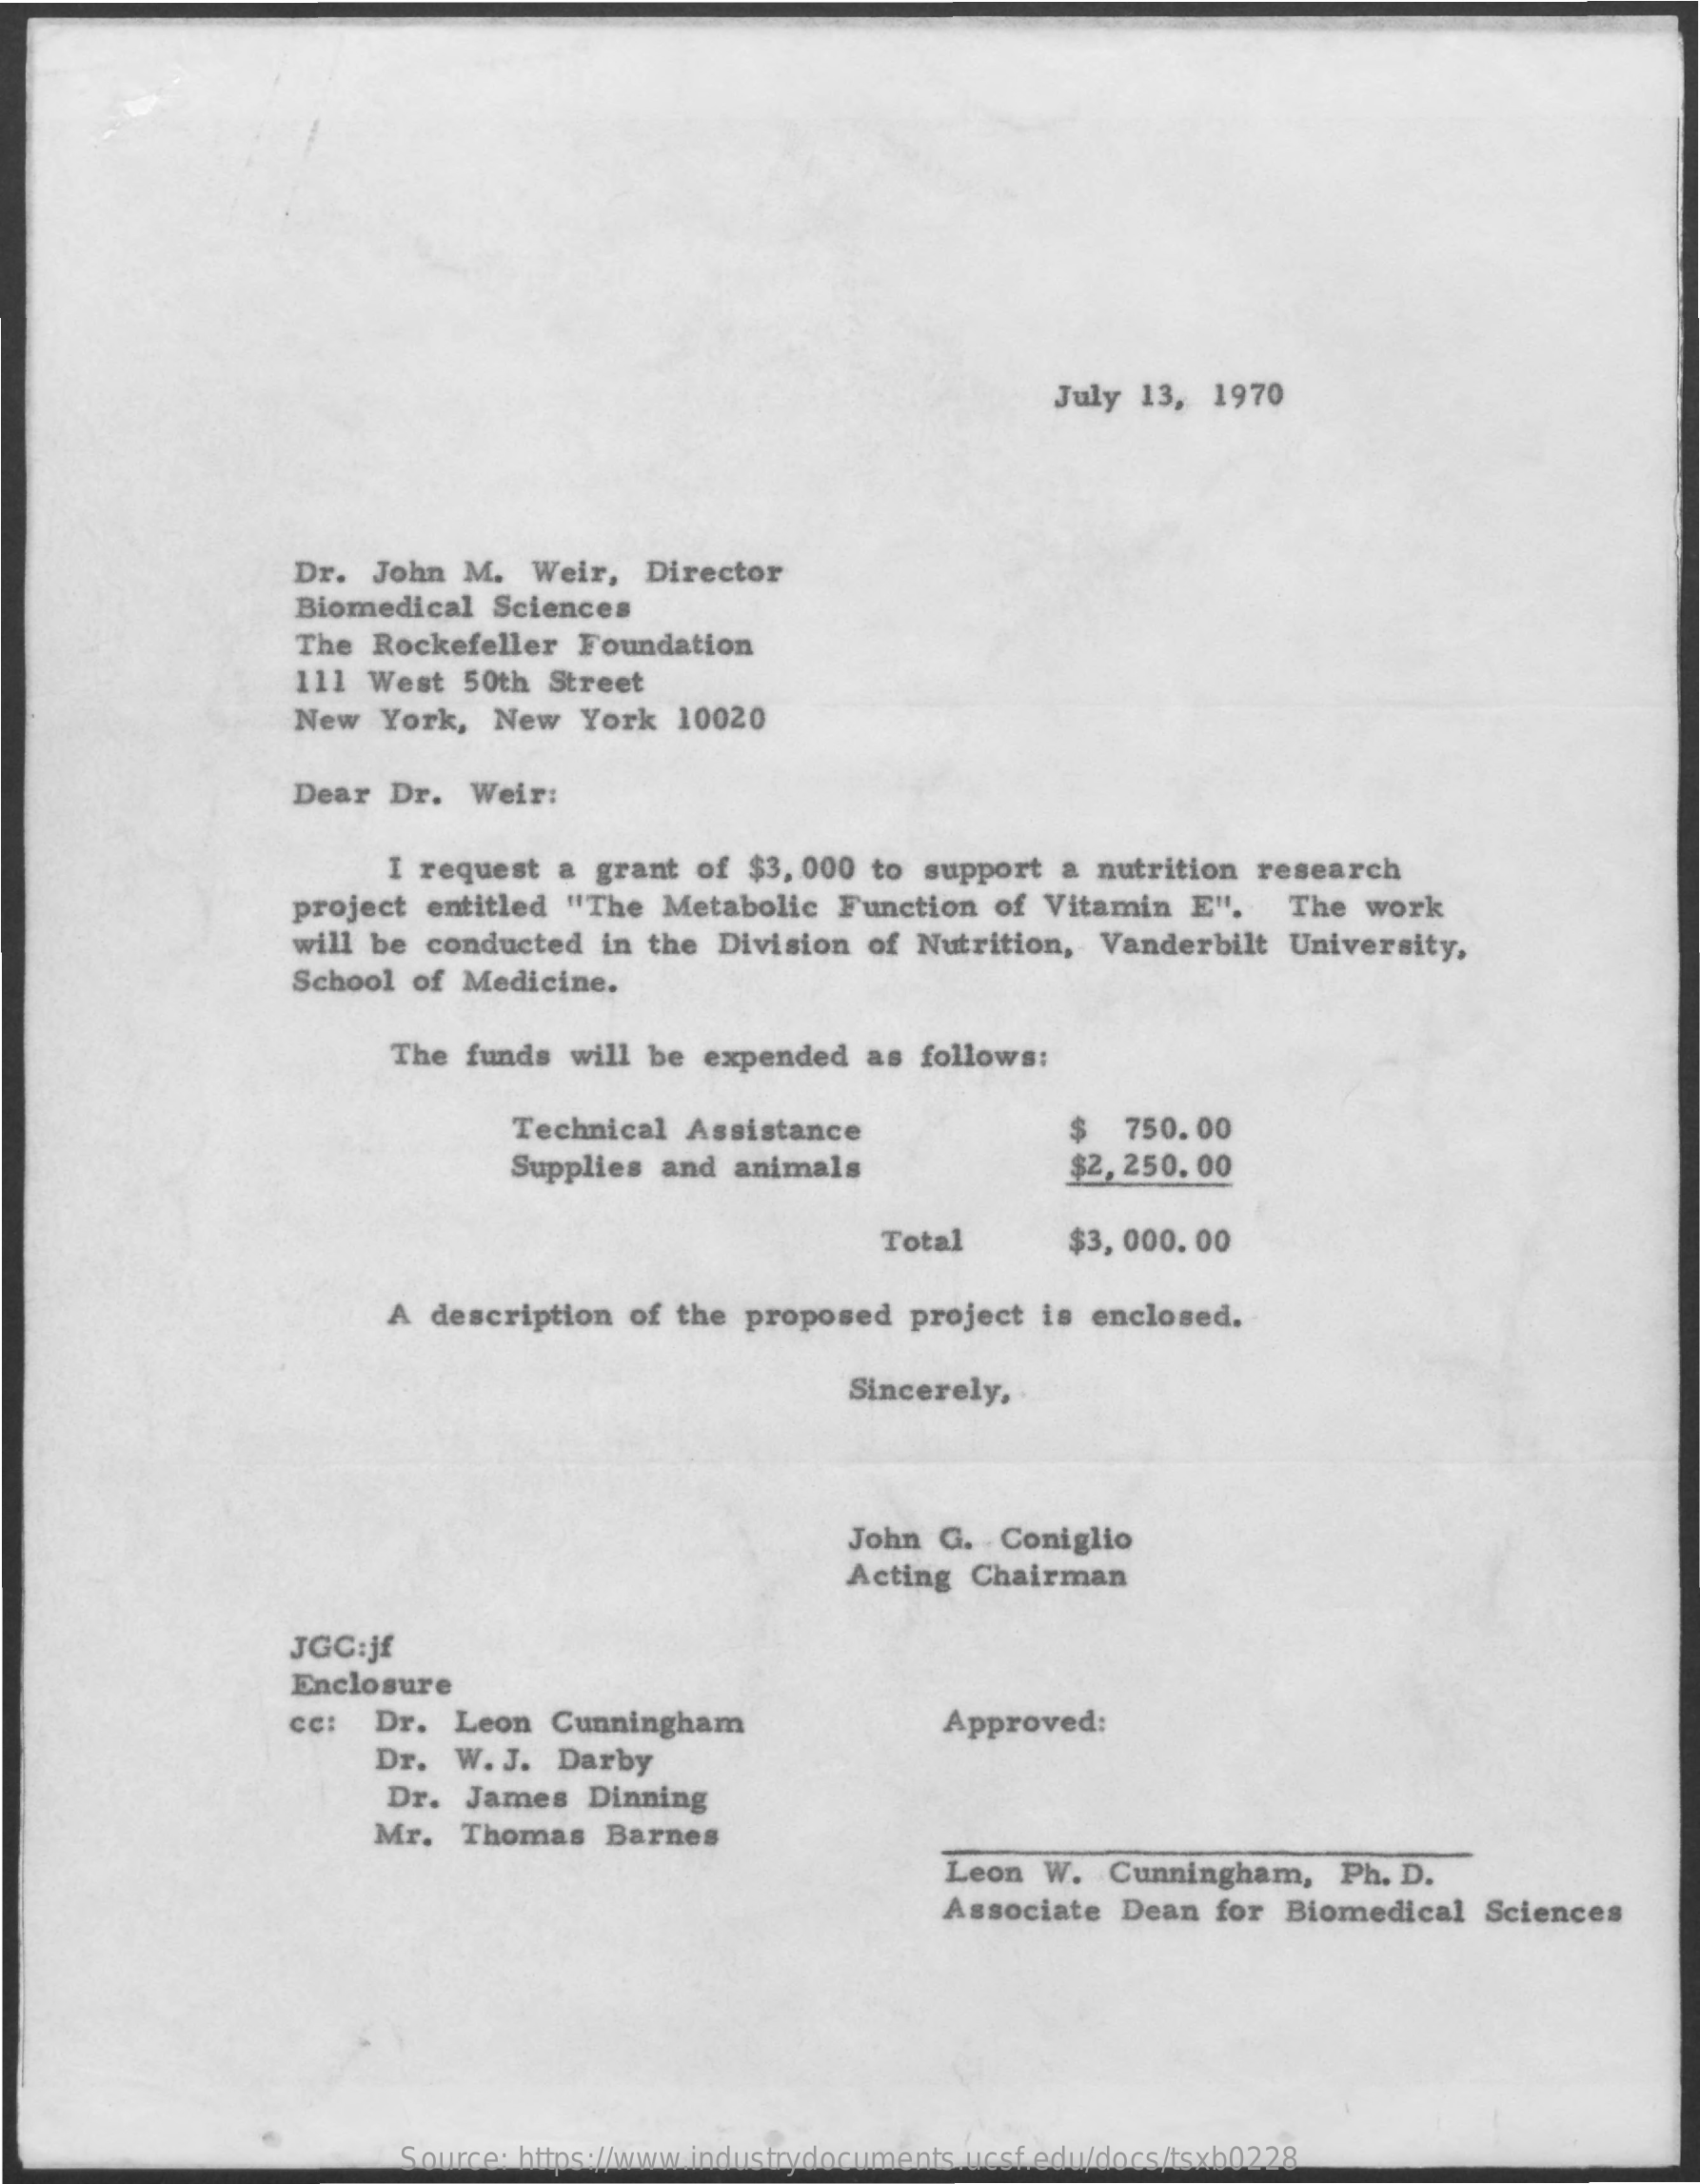
July 13, 1970
     Dr. John M.  Weir, Director
     Biomedical Sciences
     The Rockefeller Foundation
     111 West 50th Street
     New  York, New York 10020
     Dear Dr. Weir:
     I request a grant of $3, 000 to support a nutrition research
     project entitled "The Metabolic Function of Vitamin E". The work
     will be conducted in the Division of Nutrition, Vanderbilt University,
     School of Medicine.
     The funds will be expended as follows:
     Technical Assistance
     Supplies and animals
     $  750.00
     $2, 250. 00
     Total    $3, 000. 00
     A description of the proposed project is enclosed.
     Sincerely,
     John G. Coniglio
     Acting Chairman
     JGC:jf
     Enclosure
     cc: Dr.  Leon Cunningham    Approved:
     Dr. W. J. Darby
     Dr. James  Dinning
     Mr. Thomas Barnes
     Leon W. Cunningham,  Ph. D.
     Associate Dean for Biomedical Sciences
     Source: https://www.industrydocuments.ucsf.edu/docs/tsxb0228